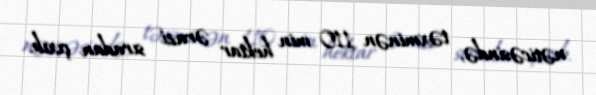
nəticəsində, təxminən 110 min hektar ərazi sıradan çıxıb.